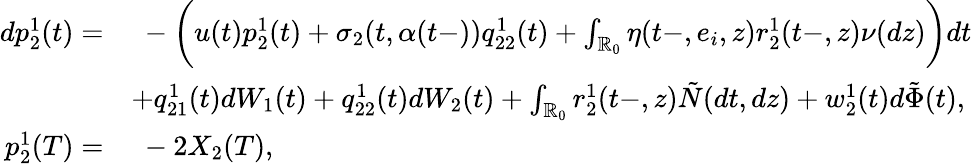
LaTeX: \begin{array}{rl}{dp_{2}^{1}(t)=}&{\ -\biggl(u(t)p_{2}^{1}(t)+\sigma_{2}(t,\alpha(t-))q_{22}^{1}(t)+\int_{\mathbb{R}_{0}}\eta(t-,e_{i},z)r_{2}^{1}(t-,z)\nu(dz)\biggr)dt}\\ &{+q_{21}^{1}(t)dW_{1}(t)+q_{22}^{1}(t)dW_{2}(t)+\int_{\mathbb{R}_{0}}r_{2}^{1}(t-,z)\tilde{N}(dt,dz)+w_{2}^{1}(t)d\tilde{\Phi}(t),}\\ {p_{2}^{1}(T)=}&{\ -2X_{2}(T),}\end{array}